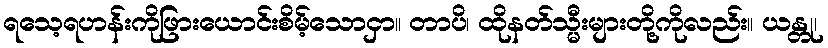
ရသေ့ရဟန်းကိုဖြားယောင်းစိမ့်သောငှာ။ တာပိ၊ ထိုနတ်သ္မီးများတို့ကိုလည်း။ ယန္တု၊